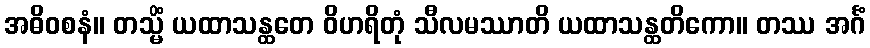
အဓိဝစနံ။ တသ္မိံ ယထာသန္ထတေ ဝိဟရိတုံ သီလမဿာတိ ယထာသန္ထတိကော။ တဿ အင်္ဂံ